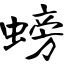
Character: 螃